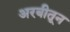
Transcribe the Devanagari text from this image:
अरबीतून